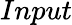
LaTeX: Input